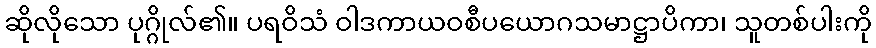
ဆိုလိုသော ပုဂ္ဂိုလ်၏။ ပရဝိသံ ဝါဒကာယဝစီပယောဂသမာဋ္ဌာပိကာ၊ သူတစ်ပါးကို